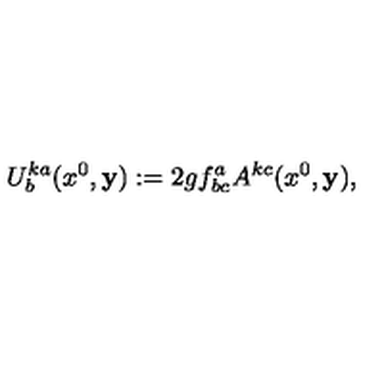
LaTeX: U _ { b } ^ { k a } ( x ^ { 0 } , { \bf y } ) : = 2 g f _ { b c } ^ { a } A ^ { k c } ( x ^ { 0 } , { \bf y } ) ,